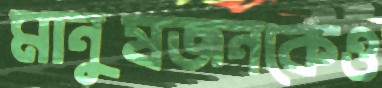
মানুষজনকেও